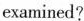
examined?